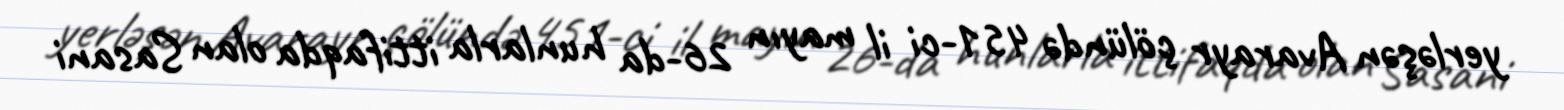
yerləşən Avarayr çölündə 451-ci il mayın 26-da hunlarla ittifaqda olan Sasani